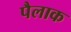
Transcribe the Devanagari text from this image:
पैलाक